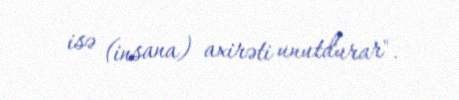
isə (insana) axirəti unutdurar".